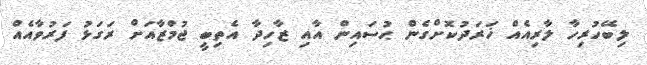
ލިބޭހުރިހާ ލާރިއެއް ޚަރަދުކޮށްގެން ޙުސައިން އާއި ޒާހިދާ އެތިބީ ޖުމްޒާއަށް ރަގަޅު ފަރުވާއެއް